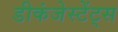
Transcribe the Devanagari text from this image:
डीकंजेस्टेंट्स